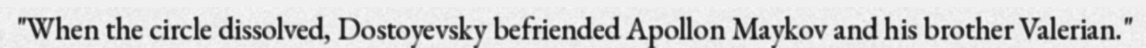
"When the circle dissolved, Dostoyevsky befriended Apollon Maykov and his brother Valerian."